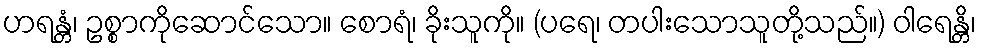
ဟရန္တံ၊ ဥစ္စာကိုဆောင်သော။ စောရံ၊ ခိုးသူကို။ (ပရေ၊ တပါးသောသူတို့သည်။) ဝါရေန္တိ၊